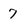
Character: 7